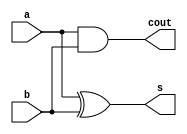
module halfadder (s,cout,a,b);
	input a,b;
	output s, cout;
	and (cout, a, b);
	xor(s, a, b);
endmodule